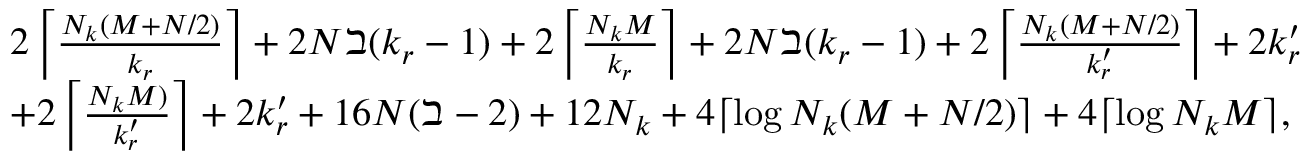
\begin{array} { r l } & { 2 \left\lceil \frac { N _ { k } ( M + N / 2 ) } { k _ { r } } \right\rceil + 2 N \beth ( k _ { r } - 1 ) + 2 \left\lceil \frac { N _ { k } M } { k _ { r } } \right\rceil + 2 N \beth ( k _ { r } - 1 ) + 2 \left\lceil \frac { N _ { k } ( M + N / 2 ) } { k _ { r } ^ { \prime } } \right\rceil + 2 k _ { r } ^ { \prime } } \\ & { + 2 \left\lceil \frac { N _ { k } M ) } { k _ { r } ^ { \prime } } \right\rceil + 2 k _ { r } ^ { \prime } + 1 6 N ( \beth - 2 ) + 1 2 N _ { k } + 4 \lceil \log N _ { k } ( M + N / 2 ) \rceil + 4 \lceil \log N _ { k } M \rceil , } \end{array}